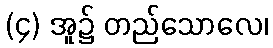
(၄) အူ၌ တည်သောလေ၊